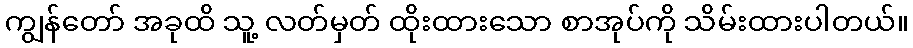
ကျွန်တော် အခုထိ သူ့ လတ်မှတ် ထိုးထားသော စာအုပ်ကို သိမ်းထားပါတယ်။